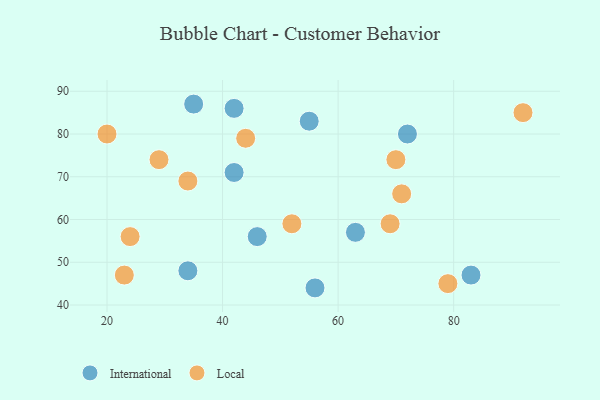
{"axis": {"x": "GDP", "y": "Life Expectancy"}, "legend": ["International", "Local"], "data": [{"x": "56", "y": 44, "type": "International"}, {"x": "83", "y": 47, "type": "International"}, {"x": "42", "y": 86, "type": "International"}, {"x": "63", "y": 57, "type": "International"}, {"x": "72", "y": 80, "type": "International"}, {"x": "34", "y": 48, "type": "International"}, {"x": "35", "y": 87, "type": "International"}, {"x": "46", "y": 56, "type": "International"}, {"x": "42", "y": 71, "type": "International"}, {"x": "55", "y": 83, "type": "International"}, {"x": "52", "y": 59, "type": "Local"}, {"x": "71", "y": 66, "type": "Local"}, {"x": "92", "y": 85, "type": "Local"}, {"x": "69", "y": 59, "type": "Local"}, {"x": "34", "y": 69, "type": "Local"}, {"x": "20", "y": 80, "type": "Local"}, {"x": "44", "y": 79, "type": "Local"}, {"x": "23", "y": 47, "type": "Local"}, {"x": "79", "y": 45, "type": "Local"}, {"x": "24", "y": 56, "type": "Local"}, {"x": "29", "y": 74, "type": "Local"}, {"x": "70", "y": 74, "type": "Local"}]}